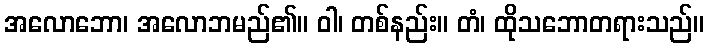
အလောဘော၊ အလောဘမည်၏။ ဝါ၊ တစ်နည်း။ တံ၊ ထိုသဘောတရားသည်။